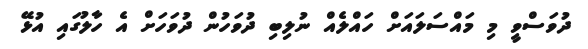
ދުވަސްވީ މި މައްސަލައަށް ހައްލެއް ނުލިބި ދުވަހުން ދުވަހަށް އެ ހާލުގައި އުޅޭ